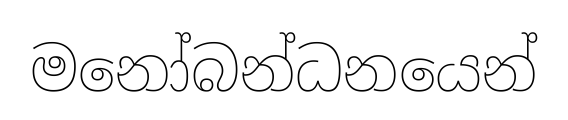
මනෝබන්ධනයෙන්